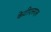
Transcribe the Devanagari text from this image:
केटीएसएल